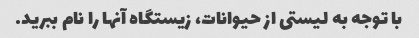
با توجه به لیستی از حیوانات، زیستگاه آنها را نام ببرید.